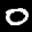
Label: 0